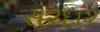
સ૨દા૨